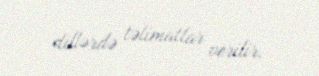
dillərdə təlimatlar verilir.